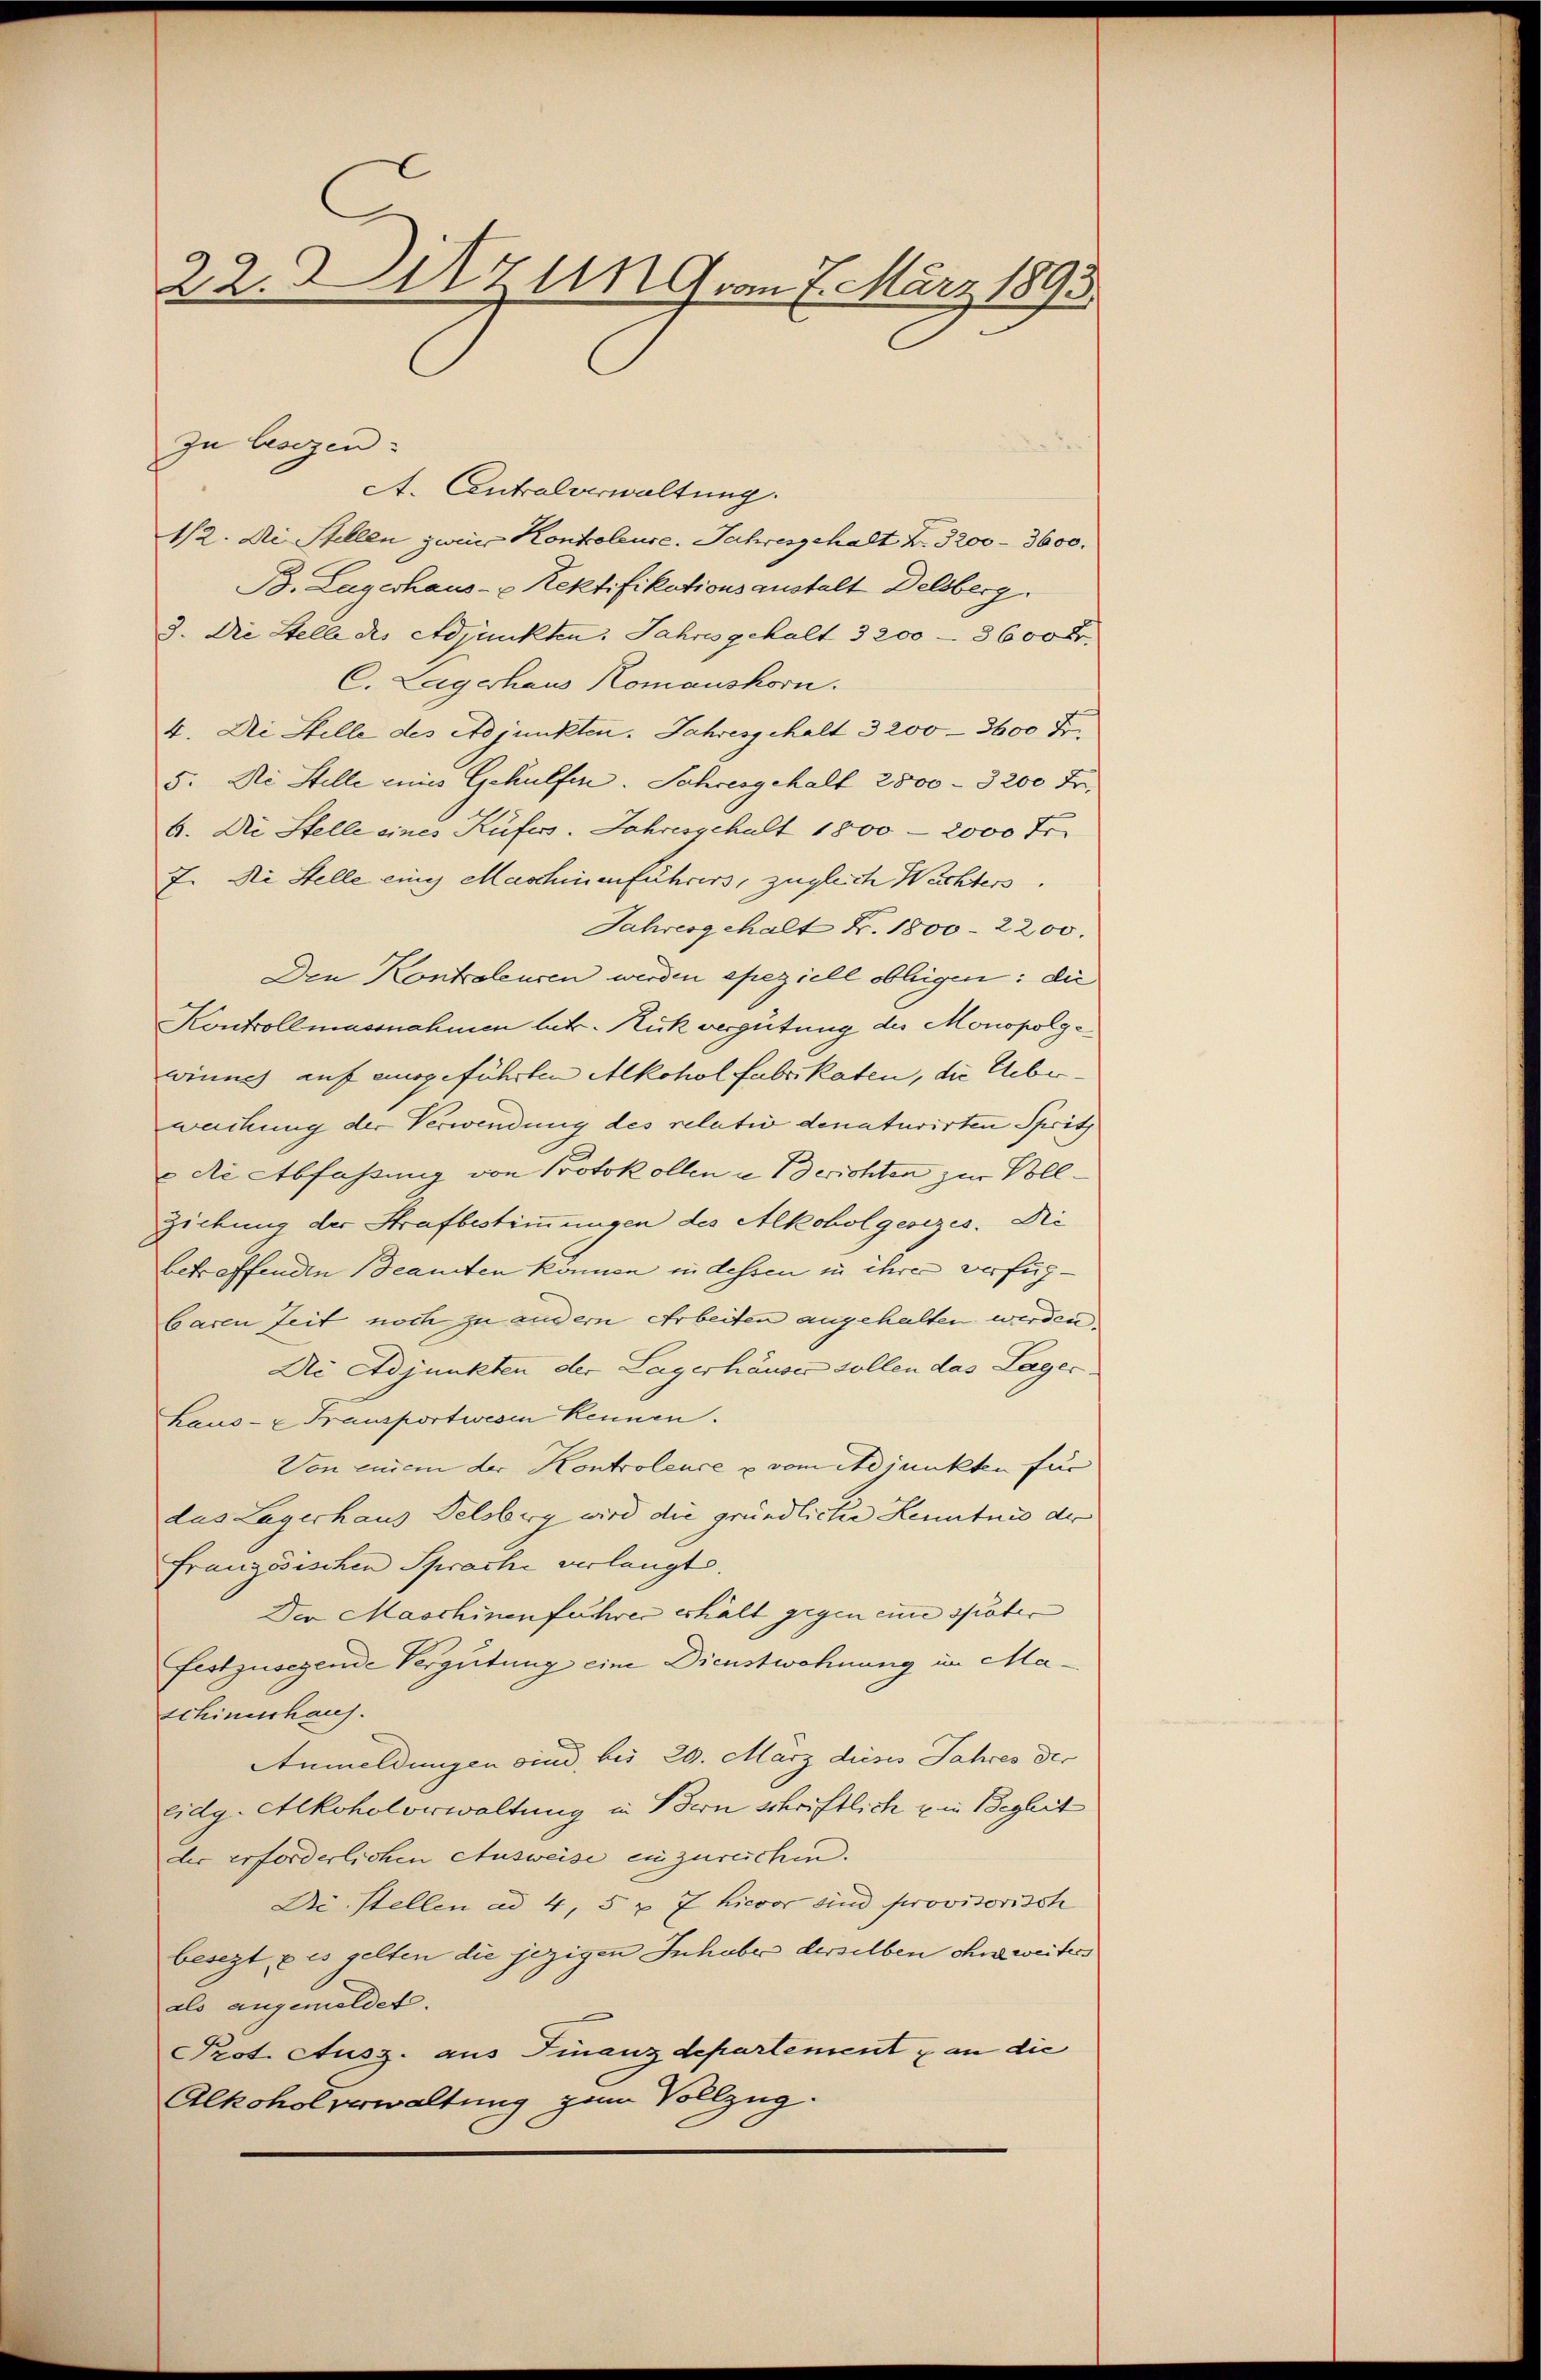
22. Zug vom 7. März 1893

zu besezen
A. Antralverwaltung.
1/2. Die Stellen zwei Kontroleuse. Jahresgehalt Z. 3200 - 3600.
B. Lagerhaus- u Rektifikationsanstalt Delsberg.
3. Die Stelle des Adjunkten. Jahres gehalt 3200 - 3600 Fr.
C. Lagerhaus Komanshorn.
4. Die Stelle des Adjunkten. Jahresgehalt 3200 - 3600 Fr.
5. Die Stelle eines Gehülfen. Jahresgehalt 2500 - 3200 Fr.
6. Die Stelle eines Küfers. Jahresgehalt 1800 - 2000 Fr.
7. Die Stelle einig Maschinenführers, zugleich Wachters.
Jahresgehalt Fr. 1800. 2200.
Den Kontroleusen werden speziell obliegen: die
Kontrollmassnahmen lat. Rückvergütung des Monopolge
winnes auf eingeführten Alkohol fabrikaten, die Ueber.
wachung der Verwendung des relativ denaturirten Spritz
 die Abfaßung von Protokollen in Berichten zur Voll¬
Zickung der Strafbestimmungen des Alkoholgesezes. Die
betreffenden Beamten können in dessen zu ihrer verfügbaren Zeit noch zu andern Arbeiten angehalten werden.
Die Adjunkten der Lagerhäuser sollen das Lager.
Laus- u Fransportwesen kennen.
Von einem der Kontrolence u vom Adjunkten für
das Lagerhaus Delsberg wird die gründlicher Kenntnis der
Französischen Sprache verlangt.
Der Maschinenfuhrer erhält gegen eine später
Festzusegende Vergütung eine Dienstwohnung im Ma¬
Schinenhaus.
Anmeldungen sind, bis 20. März dieses Jahres der
Eidg. Alkoholverwaltung in Bern schriftlich u in Begleit
dir erforderlichen Ausweise einzurechen.
Destellen ad 4, 5 u. 7 hievor und provisorisch
besezt, u es gelten die jezigen Inhaber derselben ohne weiters
als angemeldet.
Prot. Ausz. aus Finanzdepartement & an die
Alkohol verwaltung zum Vollzug.